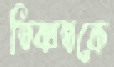
তিব্বতকে